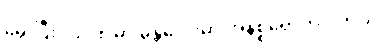
မွေးပြီး ၁၉၀၈ မှာ မန္တလေးမှာ အနိစ္စရောက်ပါတယ်။